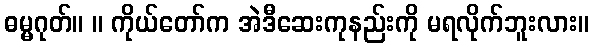
ဓမ္မဂုတ်။ ။ ကိုယ်တော်က အဲဒီဆေးကုနည်းကို မရလိုက်ဘူးလား။